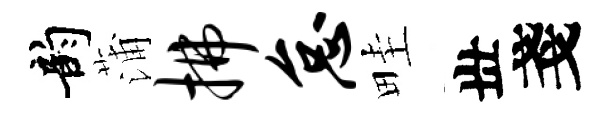
韵蒲拂怠畦丗戔